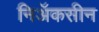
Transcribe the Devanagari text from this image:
निॲकसीन